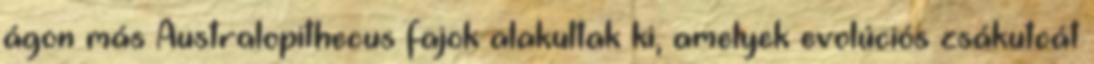
ágon más Australopithecus fajok alakultak ki, amelyek evolúciós zsákutcát